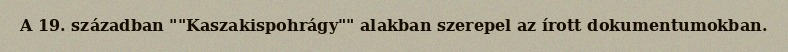
A 19. században ""Kaszakispohrágy"" alakban szerepel az írott dokumentumokban.